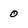
Character: 0